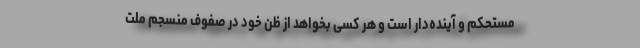
مستحکم و آینده‌دار است و هر کسی بخواهد از ظن خود در صفوف منسجم ملت